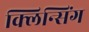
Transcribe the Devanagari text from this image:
क्लिन्सिंग